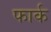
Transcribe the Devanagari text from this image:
फार्क